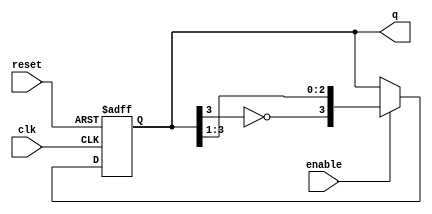
module johnson_counter (
    input wire clk,         // Clock input
    input wire reset,       // Asynchronous reset
    input wire enable,      // Enable signal
    output reg [3:0] q      // 4-bit output
);

// Asynchronous reset and enable logic
always @(posedge clk or posedge reset) begin
    if (reset) begin
        q <= 4'b0000;      // Reset the counter to 0000
    end else if (enable) begin
        q <= {~q[3], q[3:1]}; // Shift and feed inverted output of last flip-flop
    end
end

endmodule